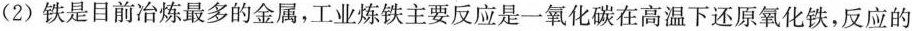
(2)铁是目前冶炼最多的金属，工业炼铁主要反应是一氧化碳在高温下还原氧化铁，反应的